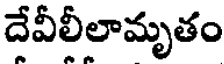
దేవీలీలామృతం